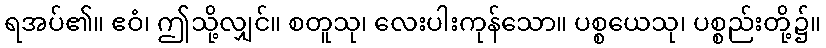
ရအပ်၏။ ဧဝံ၊ ဤသို့လျှင်။ စတူသု၊ လေးပါးကုန်သော။ ပစ္စယေသု၊ ပစ္စည်းတို့၌။